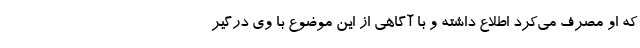
که او مصرف می‌کرد اطلاع داشته و با آگاهی از این موضوع با وی درگیر